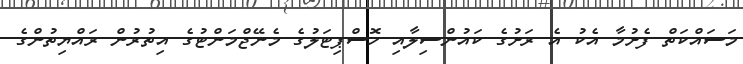
މަސައްކަތް ފެށުމާ އެކު އެ ރަށުގެ ކައުންސިލާއި ހޮސްޕިޓަލުގެ މެނޭޖްމަންޓުގެ އިތުރުން ރައްޔިތުންގެ